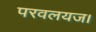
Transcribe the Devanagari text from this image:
परवलयज।